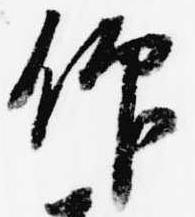
仰